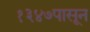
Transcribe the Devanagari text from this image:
१३४७पासून